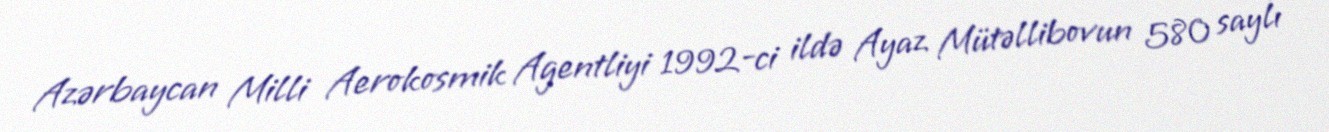
Azərbaycan Milli Aerokosmik Agentliyi 1992-ci ildə Ayaz Mütəllibovun 580 saylı